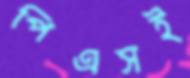
পিএসই